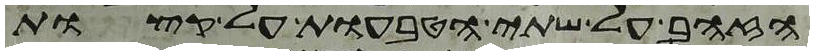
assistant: הזהב על שתי הטבעות על קצות